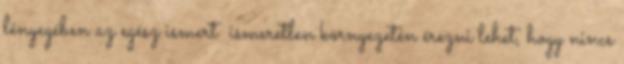
lényegében az egész ismert ismeretlen környezetén érezni lehet, hogy nincs